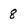
Character: 8